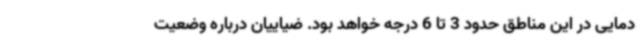
دمایی در این مناطق حدود 3 تا 6 درجه خواهد بود. ضیاییان درباره وضعیت